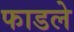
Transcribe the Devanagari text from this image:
फाडले